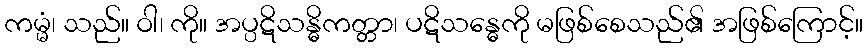
ကမ္မံ၊ သည်။ ဝါ၊ ကို။ အပ္ပဋိသန္ဓိကတ္တာ၊ ပဋိသန္ဓေကို မဖြစ်စေသည်၏ အဖြစ်ကြောင့်။